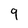
Character: 9